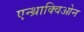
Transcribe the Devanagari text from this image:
एन्थ्राक्विओन